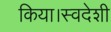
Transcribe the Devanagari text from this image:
किया।स्वदेशी